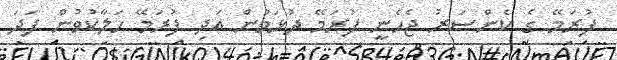
ފުރަމޭ ގެ ކެންސަރު ޖެހެނީ ފުރަމޭ ދުޅަވުން އަދި ފުރަމޭ ހަލާކުވުން ފަދަ